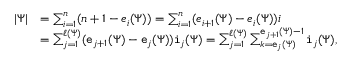
\begin{array} { r l } { | \Psi | } & { = \sum _ { i = 1 } ^ { n } ( n + 1 - e _ { i } ( \Psi ) ) = \sum _ { i = 1 } ^ { n } ( e _ { i + 1 } ( \Psi ) - e _ { i } ( \Psi ) ) i } \\ & { = \sum _ { j = 1 } ^ { \ell ( \Psi ) } ( \mathtt { e } _ { j + 1 } ( \Psi ) - \mathtt { e } _ { j } ( \Psi ) ) \mathtt { i } _ { j } ( \Psi ) = \sum _ { j = 1 } ^ { \ell ( \Psi ) } \sum _ { k = \mathtt { e } _ { j } ( \Psi ) } ^ { \mathtt { e } _ { j + 1 } ( \Psi ) - 1 } \mathtt { i } _ { j } ( \Psi ) , } \end{array}